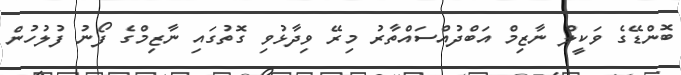
ބޮންޑޭގެ ވަކީލް ނާޒިމް އަބްދުއްސައްތާރު މިރޭ ވިދާޅުވި ގޮތުގައި ނާޒިމްގެ ފޯނު ފުލުހުން